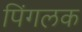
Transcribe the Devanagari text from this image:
पिंगलक